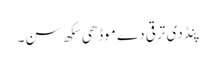
پِنڈ دی ترقی دے موڈھی سِکھ سن۔